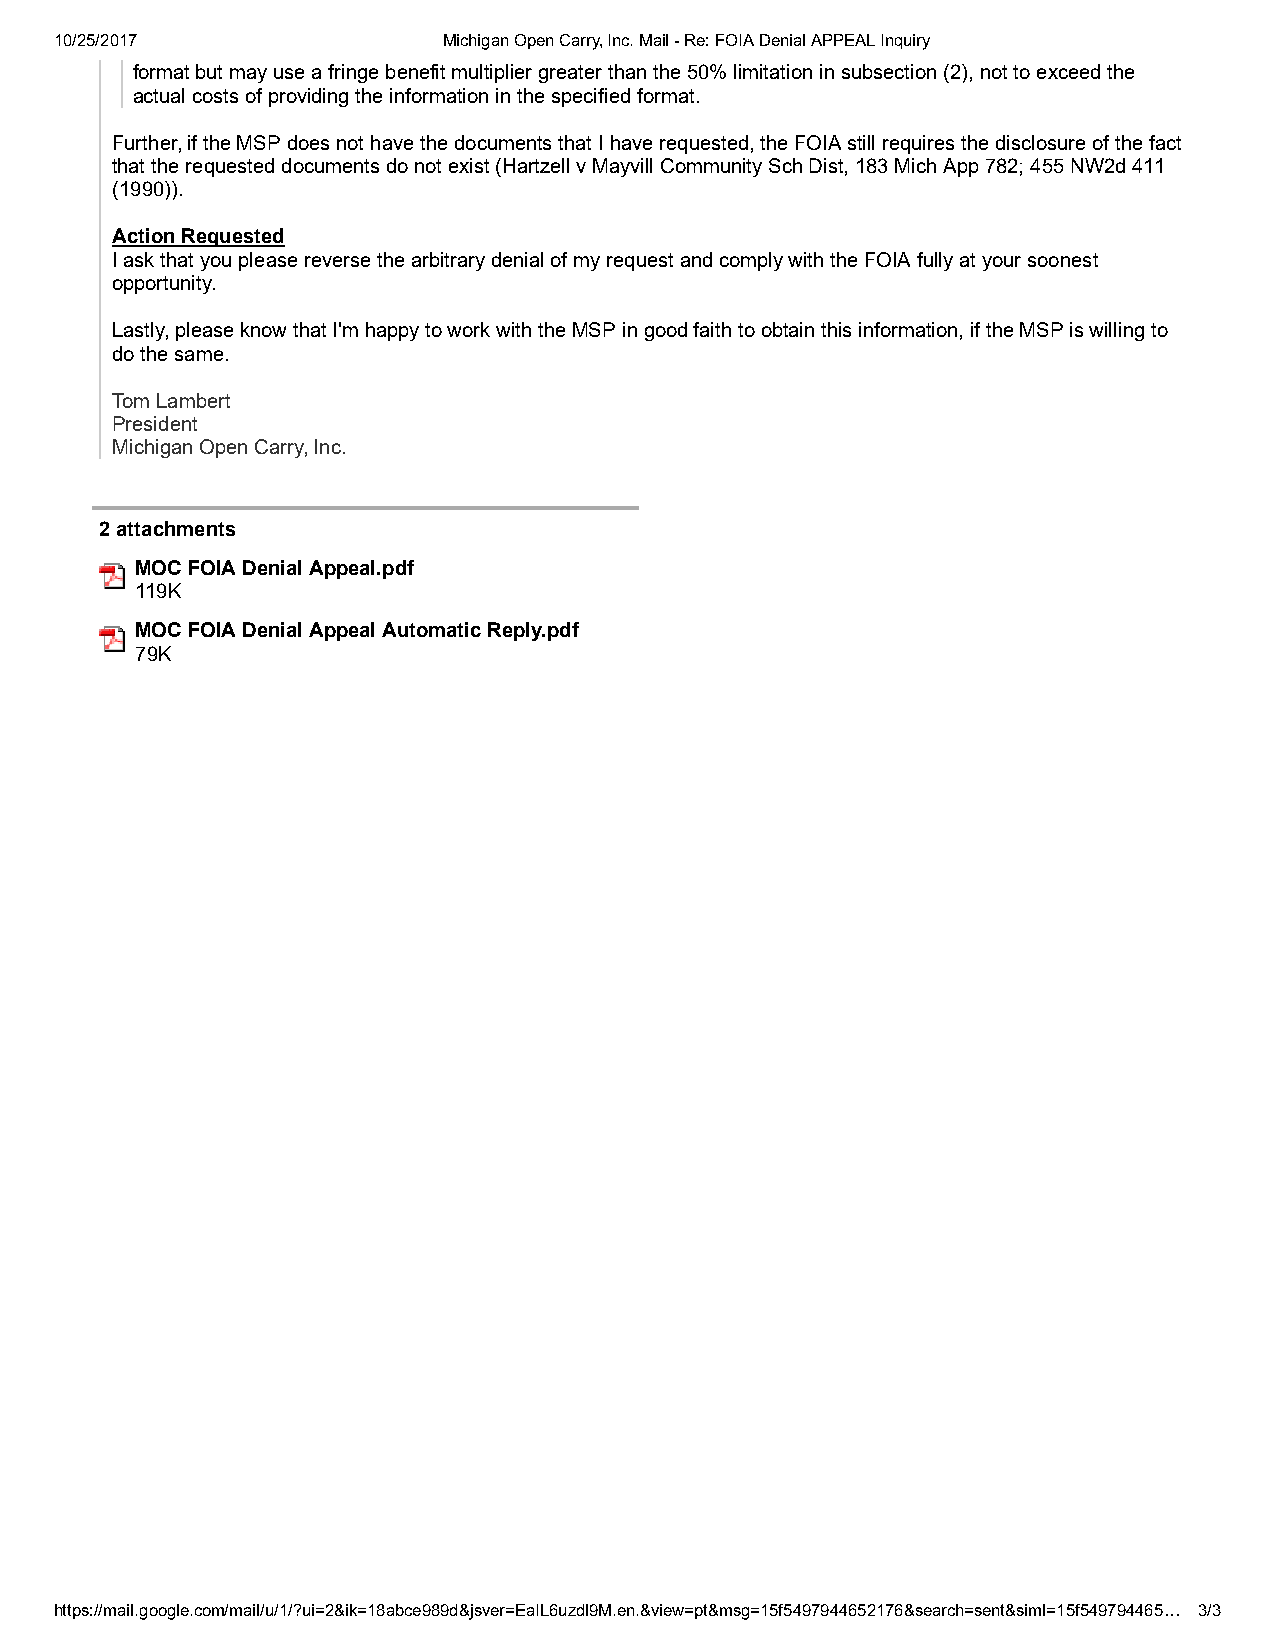
10/25/2017               Michigan Open Carry, Inc. Mail - Re: FOIA Denial APPEAL Inquiry
 format but may use a fringe benefit multiplier greater than the 50% limitation in subsection (2), not to exceed the
 actual costs of providing the information in the specified format.
 Further, if the MSP does not have the documents that I have requested, the FOIA still requires the disclosure of the fact
 that the requested documents do not exist (Hartzell v Mayvill Community Sch Dist, 183 Mich App 782; 455 NW2d 411
 (1990)).
 Action Requested
 I ask that you please reverse the arbitrary denial of my request and comply with the FOIA fully at your soonest
 opportunity.
 Lastly, please know that I'm happy to work with the MSP in good faith to obtain this information, if the MSP is willing to
 do the same.
 Tom Lambert
 President
 Michigan Open Carry, Inc.
 2 attachments
 MOC FOIA Denial Appeal.pdf
 119K
 MOC FOIA Denial Appeal Automatic Reply.pdf
 79K
 https://mail.google.com/mail/u/1/?ui=2&ik=18abce989d&jsver=EaIL6uzdl9M.en.&view=pt&msg=15f5497944652176&search=sent&siml=15f549794465… 3/3